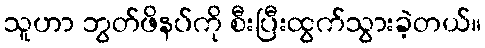
သူဟာ ဘွတ်ဖိနပ်ကို စီးပြီးထွက်သွားခဲ့တယ်။